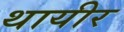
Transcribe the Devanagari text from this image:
थायीर